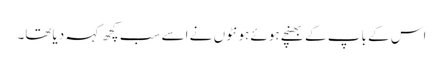
اس کے باپ کے بھنچے ہوئے ہونٹوں نے اسے سب کچھ کہہ دیاتھا۔